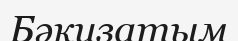
Бәкизатым